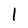
Character: 1